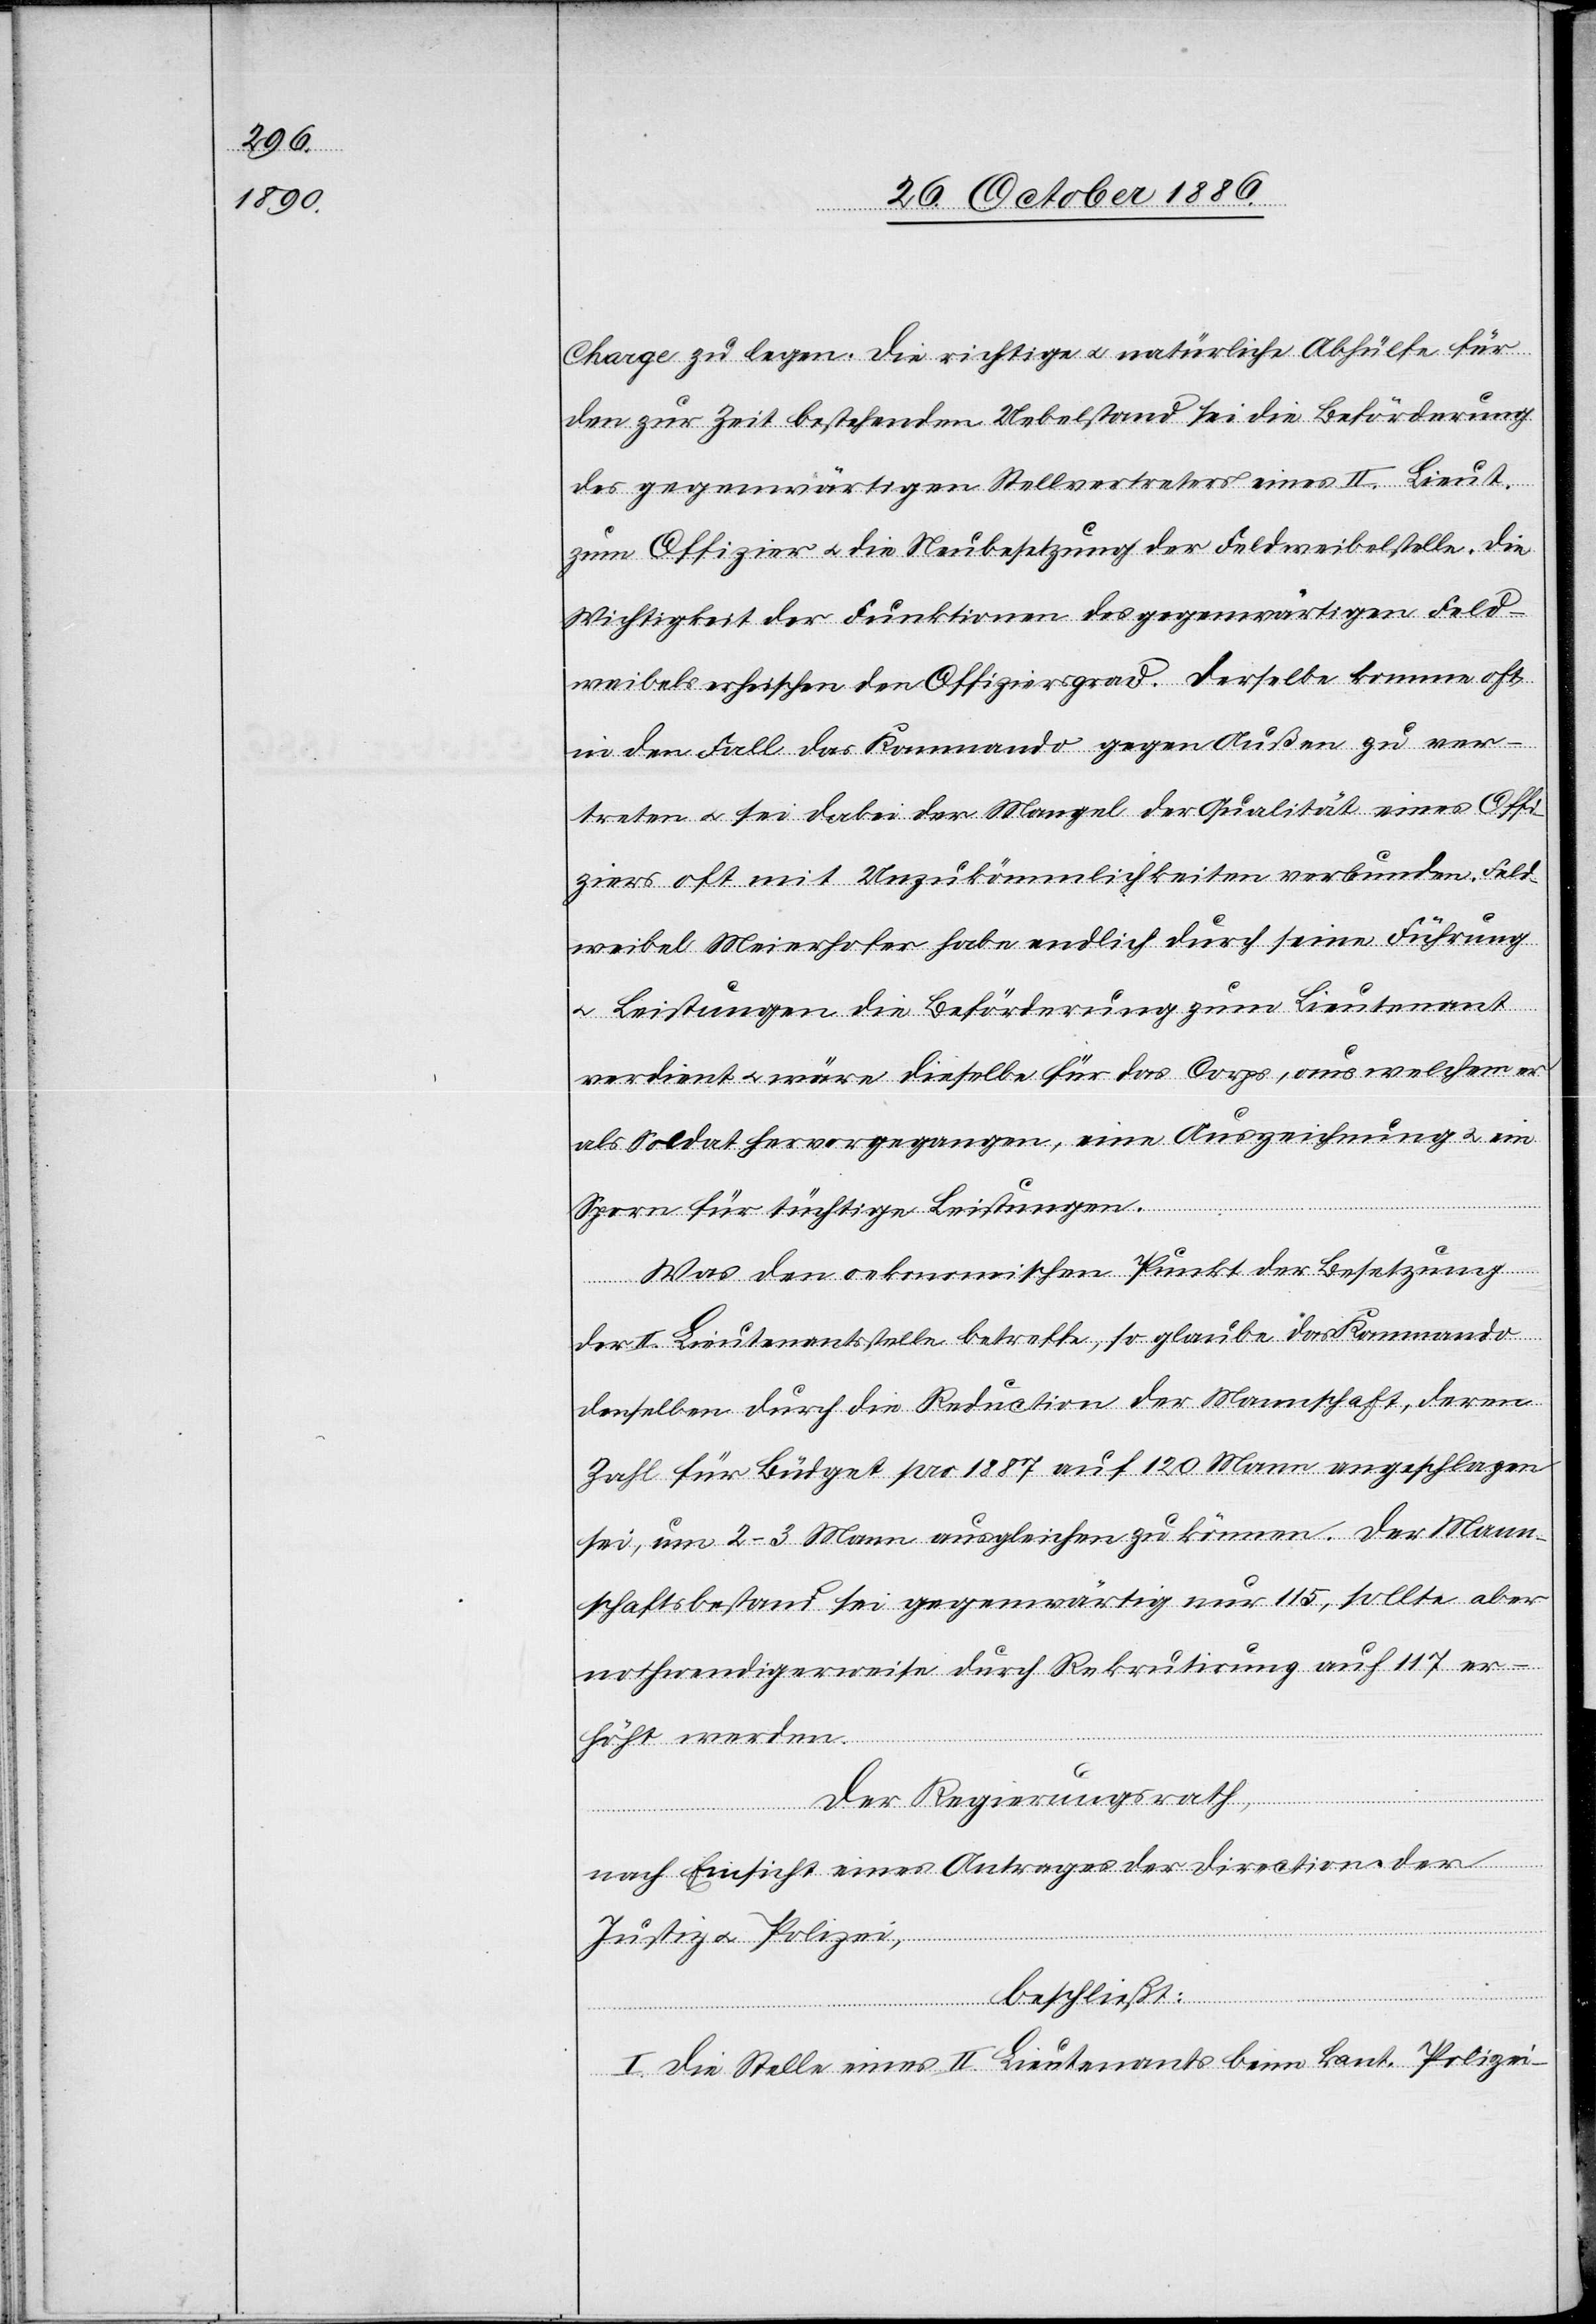
Charge zu legen. Die richtige & natürliche Abhülfe für
den zur Zeit bestehenden Uebelstand sei die Beförderung
des gegenwärtigen Stellvertreters eines II. Lieut.
zum Offizier & die Neubesetzung der Feldweibelstelle. Die
Wichtigkeit der Funktionen des gegenwärtigen Feld¬
weibels erheischen den Offiziersgrad. Derselbe komme oft
in den Fall das Kommando gegen Außen zu ver¬
treten & sei dabei der Mangel der Qualität eines Offi¬
ziers oft mit Unzukömmlichkeiten verbunden. Feld¬
weibel Meierhofer habe endlich durch seine Führung
& Leistungen die Beförderung zum Lieutenant
verdient & wäre dieselbe für das Corps, aus welchem er
als Soldat hervorgegangen, eine Auszeichnung & ein
Sporn für tüchtige Leistungen.
Was den oekonomischen Punkt der Besetzung
der II. Lieutenantsstelle betreffe, so glaube das Kommando
denselben durch die Reduction der Mannschaft, deren
Zahl für Büdget pro 1887 auf 120 Mann angeschlagen
sei, um 2–3 Mann ausgleichen zu können. Der Mann¬
schaftsbestand sei gegenwärtig nur 115, sollte aber
nothwendigerweise durch Rekrutirung auf 117 er¬
höht werden.
Der Regierungsrath,
nach Einsicht eines Antrages der Direction der
Justiz & Polizei,
beschließt:
I. Die Stelle eines II. Lieutenants beim kant. Polizei-